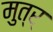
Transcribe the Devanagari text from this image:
मुत्र्